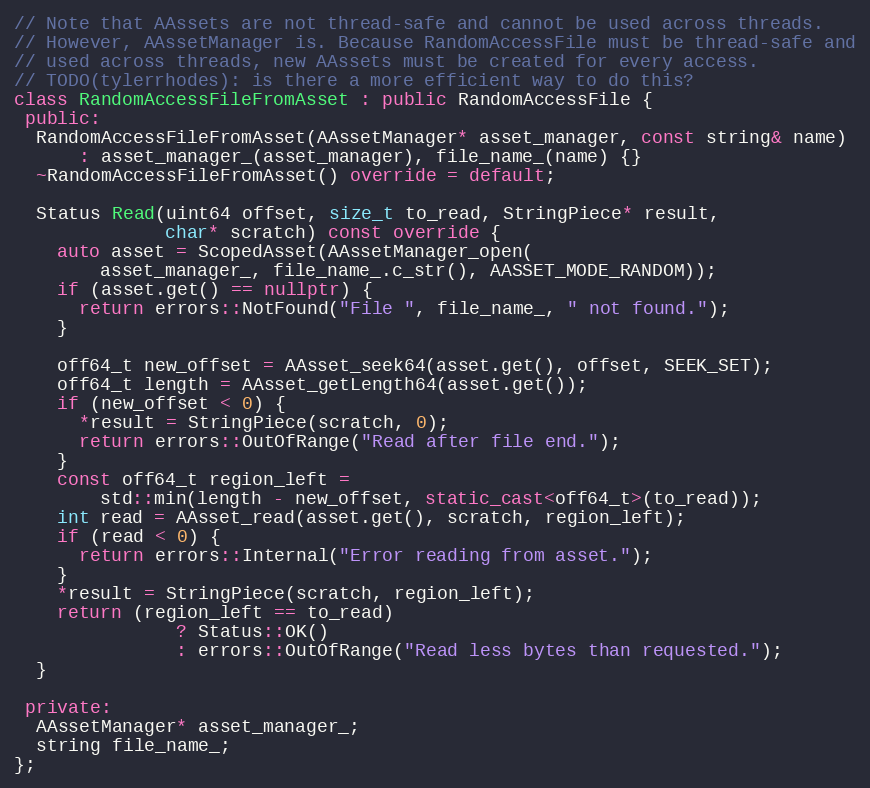
Language: C++
// Note that AAssets are not thread-safe and cannot be used across threads.
// However, AAssetManager is. Because RandomAccessFile must be thread-safe and
// used across threads, new AAssets must be created for every access.
// TODO(tylerrhodes): is there a more efficient way to do this?
class RandomAccessFileFromAsset : public RandomAccessFile {
 public:
  RandomAccessFileFromAsset(AAssetManager* asset_manager, const string& name)
      : asset_manager_(asset_manager), file_name_(name) {}
  ~RandomAccessFileFromAsset() override = default;

  Status Read(uint64 offset, size_t to_read, StringPiece* result,
              char* scratch) const override {
    auto asset = ScopedAsset(AAssetManager_open(
        asset_manager_, file_name_.c_str(), AASSET_MODE_RANDOM));
    if (asset.get() == nullptr) {
      return errors::NotFound("File ", file_name_, " not found.");
    }

    off64_t new_offset = AAsset_seek64(asset.get(), offset, SEEK_SET);
    off64_t length = AAsset_getLength64(asset.get());
    if (new_offset < 0) {
      *result = StringPiece(scratch, 0);
      return errors::OutOfRange("Read after file end.");
    }
    const off64_t region_left =
        std::min(length - new_offset, static_cast<off64_t>(to_read));
    int read = AAsset_read(asset.get(), scratch, region_left);
    if (read < 0) {
      return errors::Internal("Error reading from asset.");
    }
    *result = StringPiece(scratch, region_left);
    return (region_left == to_read)
               ? Status::OK()
               : errors::OutOfRange("Read less bytes than requested.");
  }

 private:
  AAssetManager* asset_manager_;
  string file_name_;
};